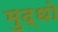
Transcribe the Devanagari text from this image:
मुद्धो